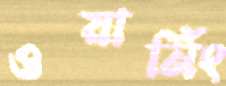
ওয়ার্নিং